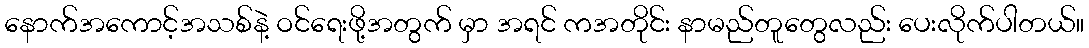
နောက်အကောင့်အသစ်နဲ့ ဝင်ရေးဖို့အတွက် မှာ အရင် ကအတိုင်း နာမည်တူတွေလည်း ပေးလိုက်ပါတယ်။